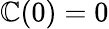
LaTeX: \mathbb{C}(0)=0